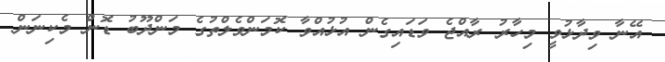
އޭނާ ވިދާޅުވީ މިހާރު ރާއްޖެ ވަޑައިގެން އުޅުއްވާ ކޮމަންވެލްތުގެ މަންދޫބު ޑޮން މެކިނަން